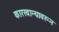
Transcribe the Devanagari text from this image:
कारखान्यावरून